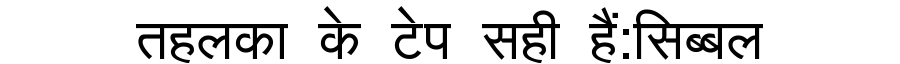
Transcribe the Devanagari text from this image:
तहलका के टेप सही हैं:सिब्बल